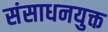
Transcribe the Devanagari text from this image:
संसाधनयुक्त